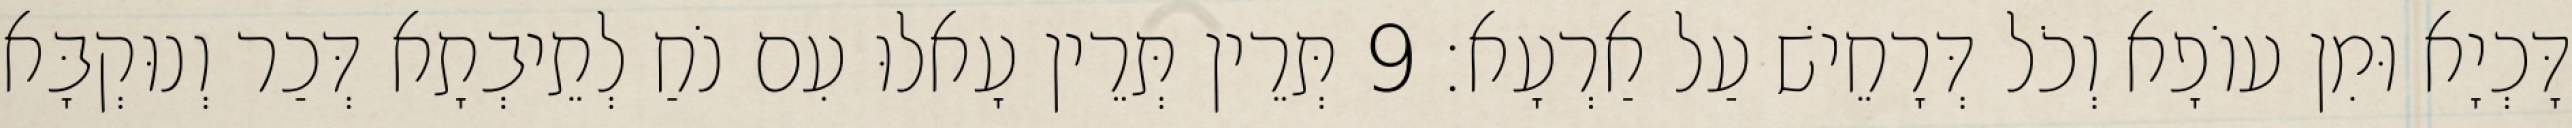
דָּכְיָא וּמִן עוֹפָא וְכֹל דְּרָחֵישׁ עַל אַרְעָא׃ 9 תְּרֵין תְּרֵין עָאלוּ עִם נֹחַ לְתֵיבְתָא דְּכַר וְנוּקְבָּא